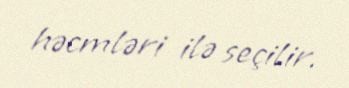
həcmləri ilə seçilir.